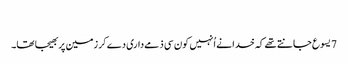
‏
7 یسوع جانتے تھے کہ خدا نے اُنہیں کون سی ذمےداری دے کر زمین پر بھیجا تھا۔